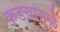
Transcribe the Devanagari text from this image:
कडय़ांमुळे